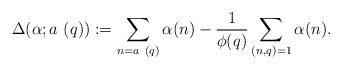
\begin{align*} \Delta(\alpha; a\ (q)) := \sum_{n = a\ (q)} \alpha(n) - \frac{1}{\phi(q)} \sum_{(n,q)=1} \alpha(n).\end{align*}